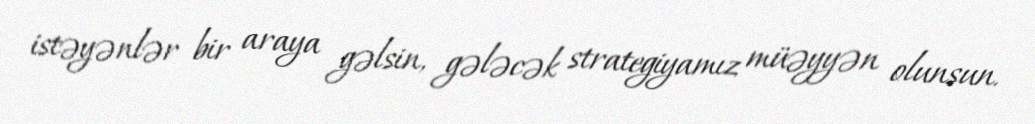
istəyənlər bir araya gəlsin, gələcək strategiyamız müəyyən olunsun.